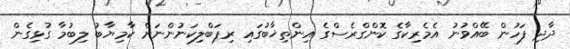
ދާދި ފަހުން ބޭއްވުނު އެމެރިކާގެ ކޮންގްރެސްގެ އިންތިޚާބުގައި ރިޕަބްލިކަނުންނަށް ކާމިޔާބު ލިބުމާ ގުޅިގެން